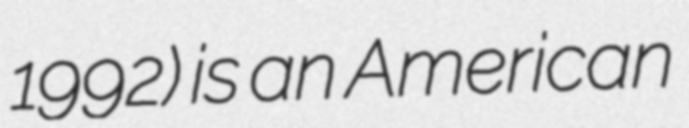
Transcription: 1992) is an American